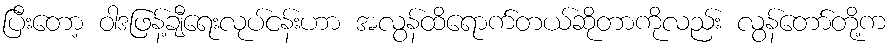
ပြီးတော့ ဝါဒဖြန့်ချီရေးလုပ်ငန်းဟာ အလွန်ထိရောက်တယ်ဆိုတာကိုလည်း လွန်တော်တို့က